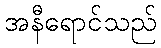
အနီရောင်သည်